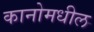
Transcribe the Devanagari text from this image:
कानोमधील